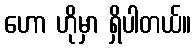
ဟော ဟိုမှာ ရှိပါတယ်။